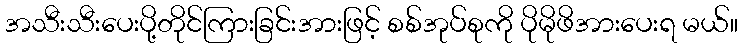
အသီးသီးပေးပို့တိုင်ကြားခြင်းအားဖြင့် စစ်အုပ်စုကို ပိုမိုဖိအားပေးရ မယ်။